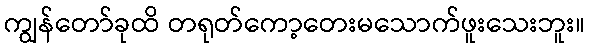
ကျွန်တော်ခုထိ တရုတ်ကော့တေးမသောက်ဖူးသေးဘူး။